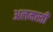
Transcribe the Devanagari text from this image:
अलमस्ती